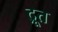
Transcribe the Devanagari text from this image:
द्रूत